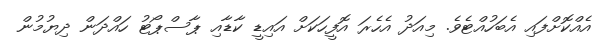
އެއްކޮށްފައި އެބަހުއްޓެވެ. މިއަދު އެހެރަ އޮފީހަކަށް އައިޑީ ކާޑާއި ޕާސްޕޯޓު ހައްދަން ދިޔުމުން